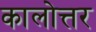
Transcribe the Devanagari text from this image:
कालोत्तर